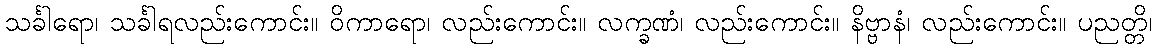
သင်္ခါရော၊ သင်္ခါရလည်းကောင်း။ ဝိကာရော၊ လည်းကောင်း။ လက္ခဏံ၊ လည်းကောင်း။ နိဗ္ဗာနံ၊ လည်းကောင်း။ ပညတ္တိ၊